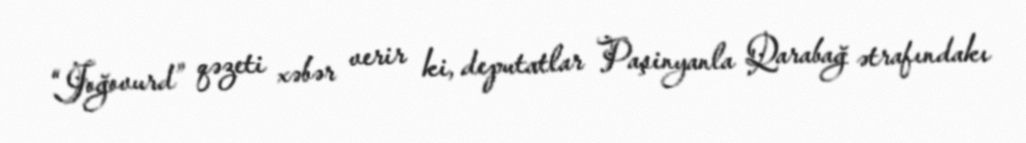
“Joğovurd” qəzeti xəbər verir ki, deputatlar Paşinyanla Qarabağ ətrafındakı